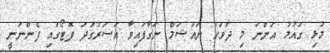
މުޅި ގައުމު އަންނަ މި ދުވަހު ނައުޝަމް ނަގާފައިވާ އަސަރުގަދަ ފޮޓޯގައި ފެންނަނީ